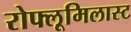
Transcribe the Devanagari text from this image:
रोफ्लूमिलास्ट